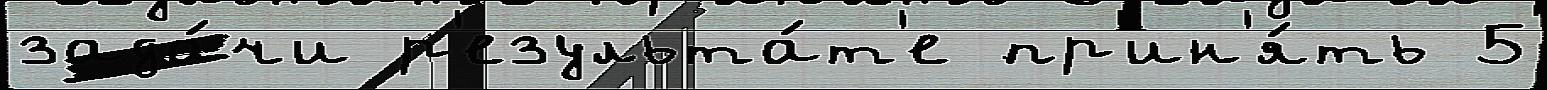
зада́чи р'езульта́т'е пр'ин'я́ть 5